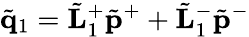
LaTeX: \tilde{\mathbf q}_{1}=\tilde{\mathbf L}_{1}^{+}\tilde{\mathbf p}^{+}+\tilde{\mathbf L}_{1}^{-}\tilde{\mathbf p}^{-}